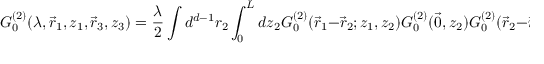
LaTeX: G _ { 0 } ^ { ( 2 ) } ( \lambda , \vec { r } _ { 1 } , z _ { 1 } , \vec { r } _ { 3 } , z _ { 3 } ) = \frac { \lambda } { 2 } \int d ^ { d - 1 } r _ { 2 } \int _ { 0 } ^ { L } d z _ { 2 } G _ { 0 } ^ { ( 2 ) } ( \vec { r } _ { 1 } - \vec { r } _ { 2 } ; z _ { 1 } , z _ { 2 } ) G _ { 0 } ^ { ( 2 ) } ( \vec { 0 } , z _ { 2 } ) G _ { 0 } ^ { ( 2 ) } ( \vec { r } _ { 2 } - \vec { r } _ { 3 } ; z _ { 2 } , z _ { 3 } ) .